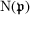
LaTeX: \mathrm { { N } } ( { \mathfrak { p } } )